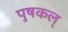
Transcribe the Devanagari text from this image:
पुषकल्